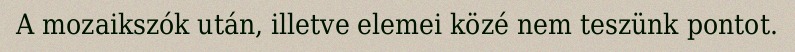
A mozaikszók után, illetve elemei közé nem teszünk pontot.